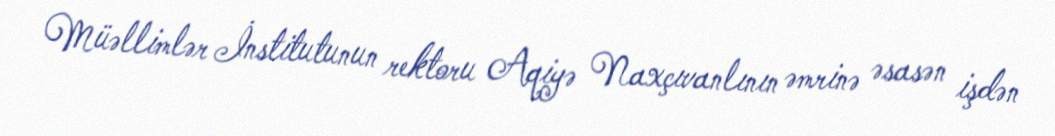
Müəllimlər İnstitutunun rektoru Aqiyə Naxçıvanlının əmrinə əsasən işdən